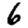
Digit: 6